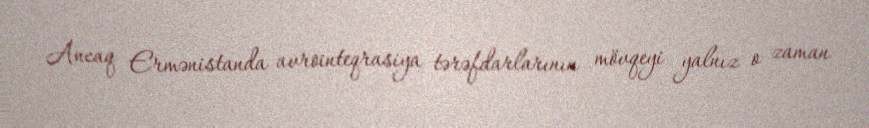
Ancaq Ermənistanda avrointeqrasiya tərəfdarlarının mövqeyi yalnız o zaman